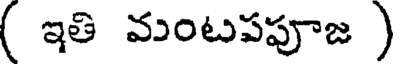
( ఇతి మంటపపూజ )